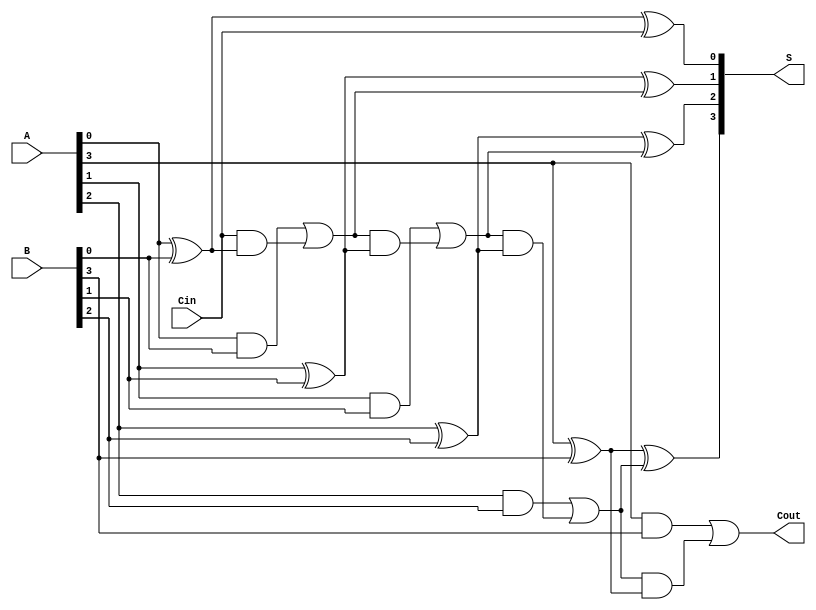
module HanCarlsonAdder #(parameter N = 4) (
    input  wire [N-1:0] A,    // First n-bit input
    input  wire [N-1:0] B,    // Second n-bit input
    input  wire Cin,           // Carry-in
    output wire [N-1:0] S,     // n-bit sum output
    output wire Cout           // Carry-out
);

    wire [N:0] C; // Carry bits, C[0] = Cin, C[N] = Cout

    // Generate carry bits
    assign C[0] = Cin;

    genvar i;
    generate
        for (i = 0; i < N; i = i + 1) begin : carry_generation
            // Carry generation logic
            assign C[i+1] = (A[i] & B[i]) | (C[i] & (A[i] ^ B[i]));
        end
    endgenerate

    // Generate sum bits
    generate
        for (i = 0; i < N; i = i + 1) begin : sum_generation
            // Sum calculation logic
            assign S[i] = A[i] ^ B[i] ^ C[i];
        end
    endgenerate

    // Carry-out is the last carry bit
    assign Cout = C[N];

endmodule